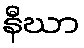
နီဃာ